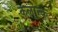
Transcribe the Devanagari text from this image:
कलात्क